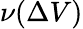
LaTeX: \nu(\Delta V)